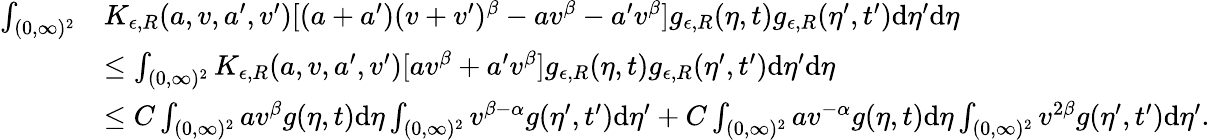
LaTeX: \begin{array}{rl}{\int_{(0,\infty)^{2}}}&{K_{\epsilon,R}(a,v,a^{\prime},v^{\prime})[(a+a^{\prime})(v+v^{\prime})^{\beta}-av^{\beta}-a^{\prime}v^{\beta}]g_{\epsilon,R}(\eta,t)g_{\epsilon,R}(\eta^{\prime},t^{\prime})\textup{d}\eta^{\prime}\textup{d}\eta}\\ &{\leq\int_{(0,\infty)^{2}}K_{\epsilon,R}(a,v,a^{\prime},v^{\prime})[av^{\beta}+a^{\prime}v^{\beta}]g_{\epsilon,R}(\eta,t)g_{\epsilon,R}(\eta^{\prime},t^{\prime})\textup{d}\eta^{\prime}\textup{d}\eta}\\ &{\leq C\int_{(0,\infty)^{2}}av^{\beta}g(\eta,t)\textup{d}\eta\int_{(0,\infty)^{2}}v^{\beta-\alpha}g(\eta^{\prime},t^{\prime})\textup{d}\eta^{\prime}+C\int_{(0,\infty)^{2}}av^{-\alpha}g(\eta,t)\textup{d}\eta\int_{(0,\infty)^{2}}v^{2\beta}g(\eta^{\prime},t^{\prime})\textup{d}\eta^{\prime}.}\end{array}